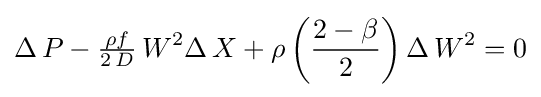
\Delta \,P-{\tfrac {\rho f}{2\,D}}\,W^{2}\Delta \,X+\rho \left({\frac {2-\beta }{2}}\right)\Delta \,W^{2}=0